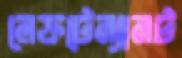
লেফটেন্যানট